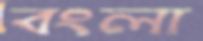
বংলা